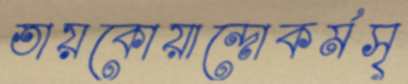
তায়কোয়ান্দোকর্মসৃ